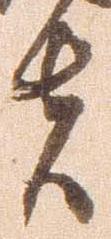
者